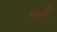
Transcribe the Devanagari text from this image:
१७बी